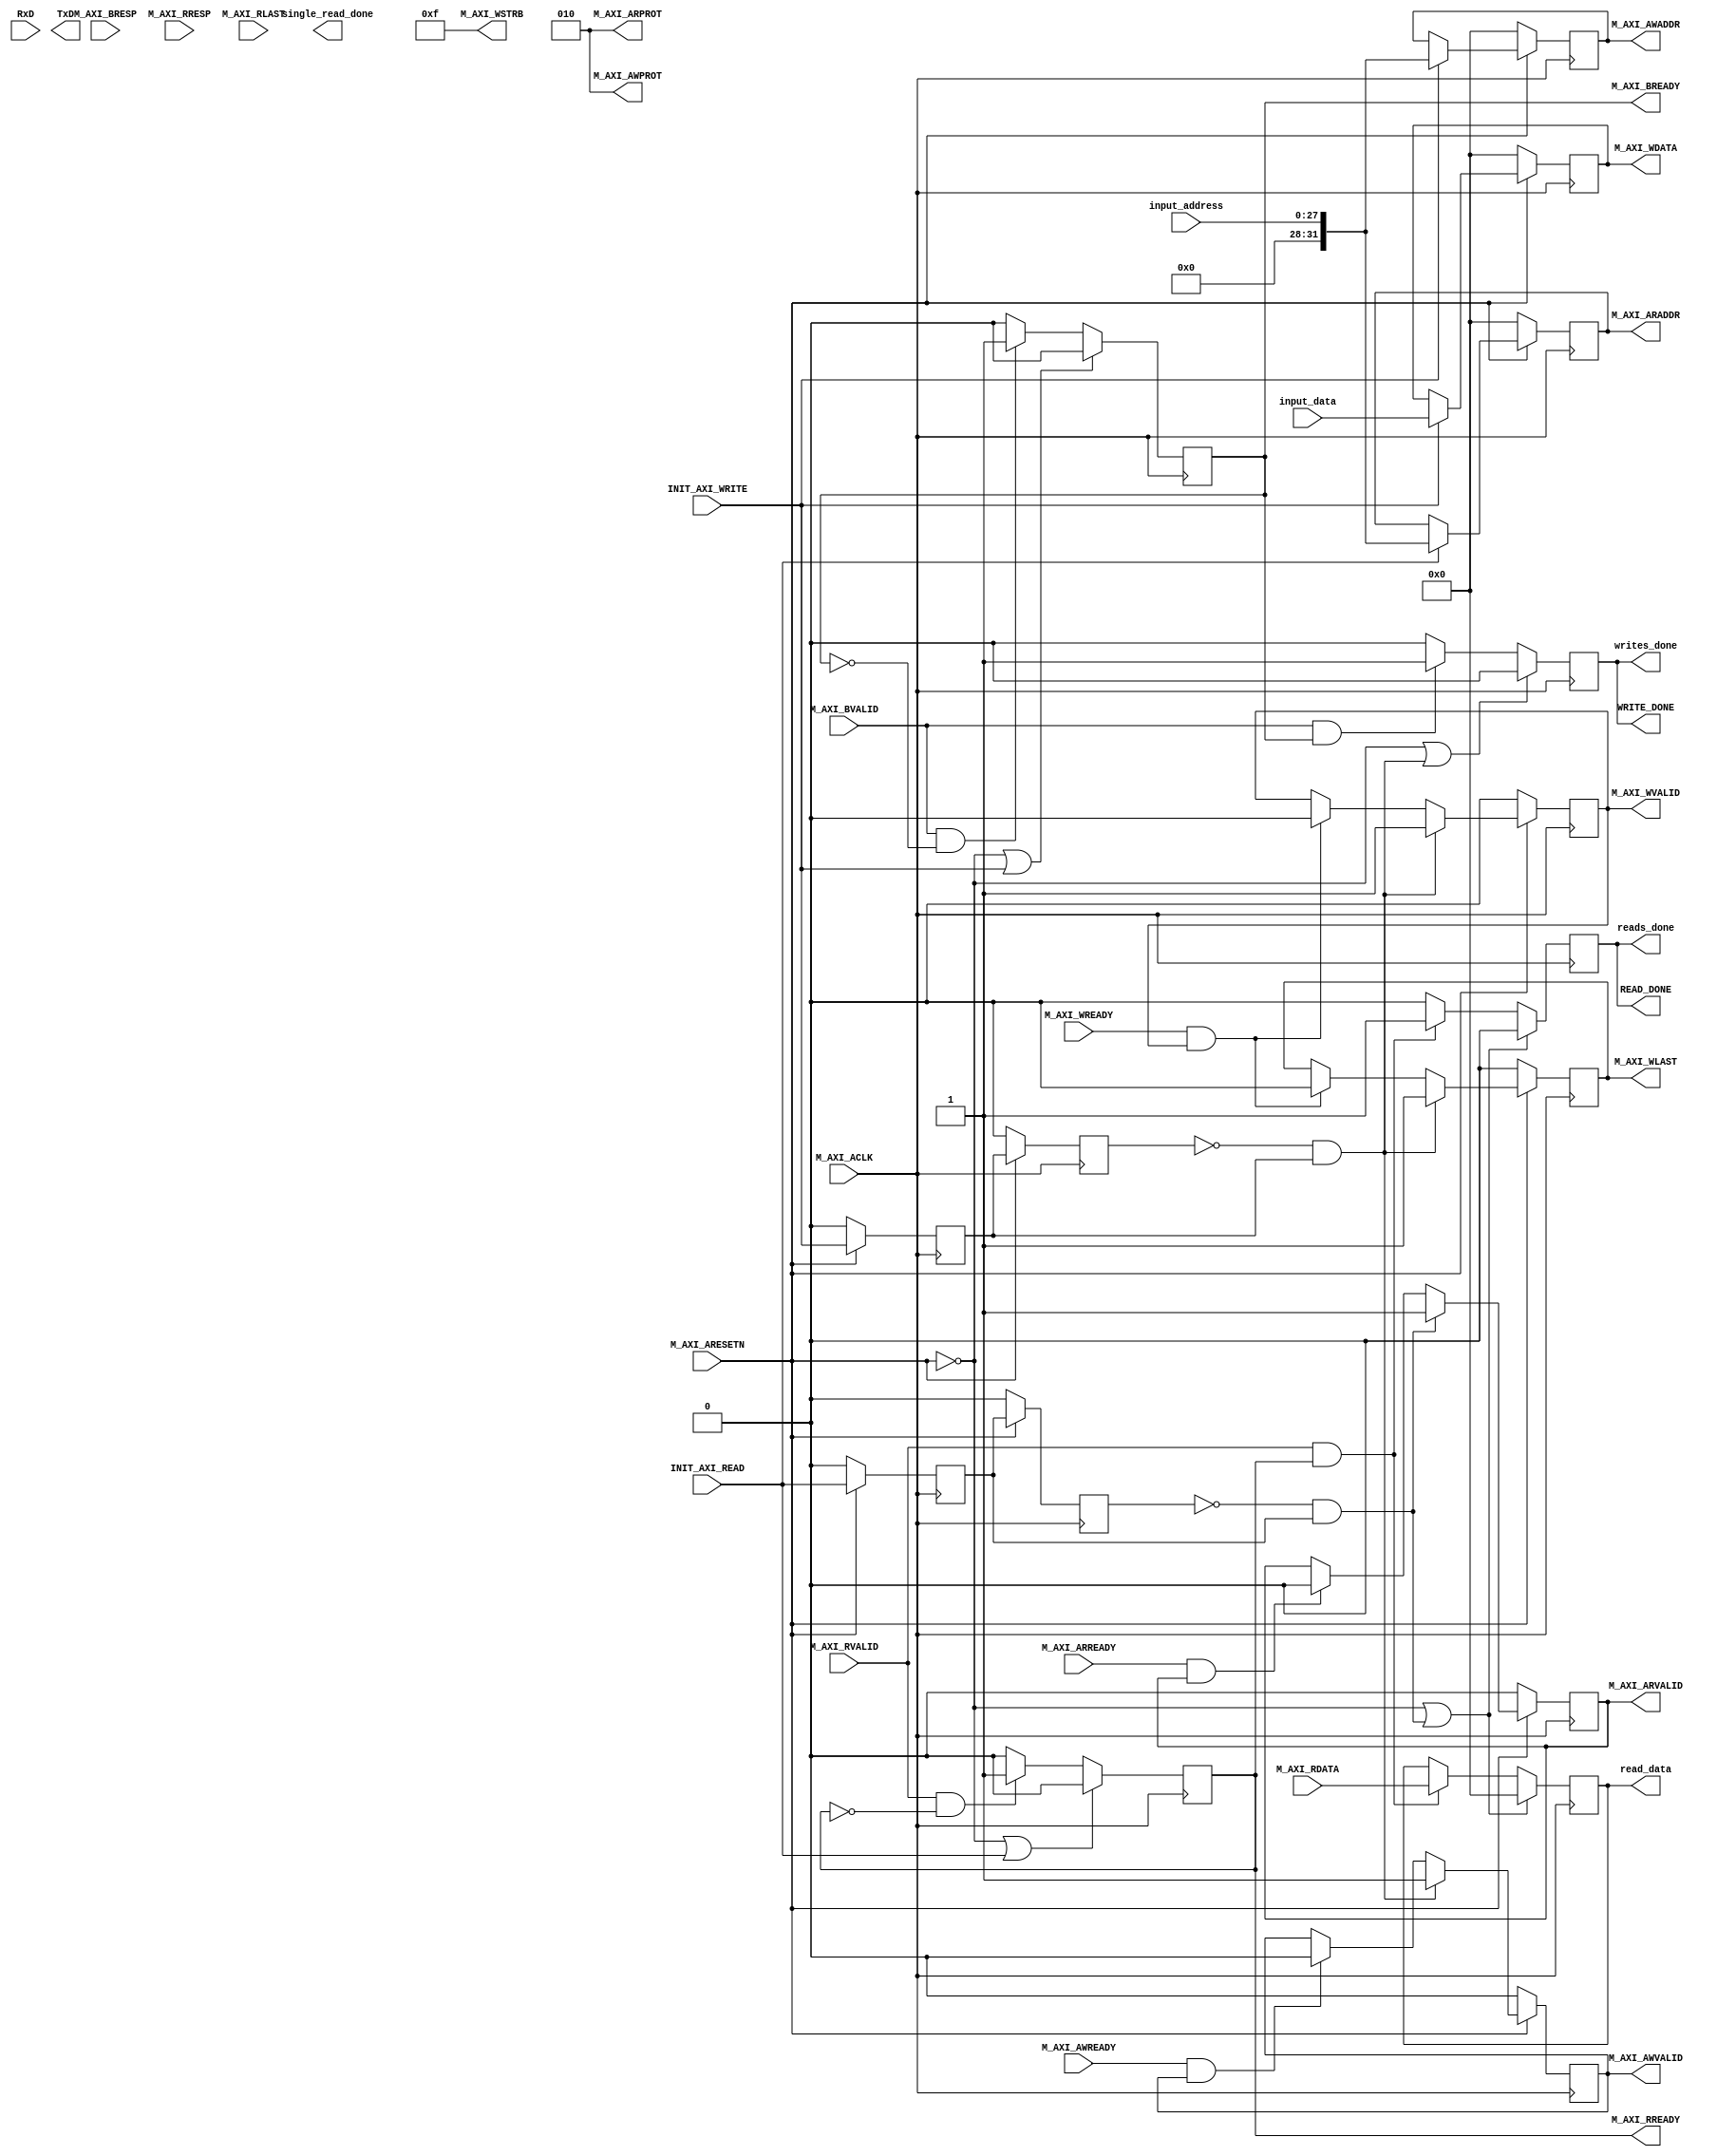

`timescale 1 ns / 1 ps

	module axi_m_interface #
	(
		// Users to add parameters here

		// User parameters ends
		// Do not modify the parameters beyond this line

		// The master will start generating data from the C_M_START_DATA_VALUE value
//		parameter  C_M_START_DATA_VALUE	= 32'h61626364,
		// The master requires a target slave base address.
    // The master will initiate read and write transactions on the slave with base address specified here as a parameter.
//		parameter  C_M_TARGET_SLAVE_BASE_ADDR	= 32'h00001000,
		// Width of M_AXI address bus. 
    // The master generates the read and write addresses of width specified as C_M_AXI_ADDR_WIDTH.  
		parameter integer C_M_AXI_ADDR_WIDTH	= 32,
		// Width of M_AXI data bus. 
    // The master issues write data and accept read data where the width of the data bus is C_M_AXI_DATA_WIDTH
		parameter integer C_M_AXI_DATA_WIDTH	= 32,
		// Transaction number is the number of write 
    // and read transactions the master will perform as a part of this example memory test.
		parameter integer C_M_TRANSACTIONS_NUM	= 1
	)
	(
		// Users to add ports here
        input wire RxD,
        output wire TxD,
        output reg writes_done,
        output reg reads_done,
        output reg single_read_done,
        input wire [27:0] input_address,
        input wire [31:0] input_data,
        output reg [31:0] read_data,
 
		// User ports ends
		// Do not modify the ports beyond this line

		// Initiate AXI transactions
		input wire  INIT_AXI_READ,
		input wire  INIT_AXI_WRITE,
		// Asserts when AXI transactions is complete
		output wire  WRITE_DONE,
		output wire  READ_DONE,
		// AXI clock signal
		input wire  M_AXI_ACLK,
		// AXI active low reset signal
		input wire  M_AXI_ARESETN,
		// Master Interface Write Address Channel ports. Write address (issued by master)
		output wire [C_M_AXI_ADDR_WIDTH-1 : 0] M_AXI_AWADDR,
		// Write channel Protection type.
    // This signal indicates the privilege and security level of the transaction,
    // and whether the transaction is a data access or an instruction access.
		output wire [2 : 0] M_AXI_AWPROT,
		// Write address valid. 
    // This signal indicates that the master signaling valid write address and control information.
		output wire  M_AXI_AWVALID,
		// Write address ready. 
    // This signal indicates that the slave is ready to accept an address and associated control signals.
		input wire  M_AXI_AWREADY,
		// Master Interface Write Data Channel ports. Write data (issued by master)
		output wire [C_M_AXI_DATA_WIDTH-1 : 0] M_AXI_WDATA,
		// Write strobes. 
    // This signal indicates which byte lanes hold valid data.
    // There is one write strobe bit for each eight bits of the write data bus.
		output wire [C_M_AXI_DATA_WIDTH/8-1 : 0] M_AXI_WSTRB,
		// Write valid. This signal indicates that valid write data and strobes are available.
		output wire  M_AXI_WVALID,
		// Write ready. This signal indicates that the slave can accept the write data.
		input wire  M_AXI_WREADY,
		// Master Interface Write Response Channel ports. 
    // This signal indicates the status of the write transaction.
		input wire [1 : 0] M_AXI_BRESP,
		// Write response valid. 
    // This signal indicates that the channel is signaling a valid write response
		input wire  M_AXI_BVALID,
		// Response ready. This signal indicates that the master can accept a write response.
		output wire  M_AXI_BREADY,
		// Master Interface Read Address Channel ports. Read address (issued by master)
		output wire [C_M_AXI_ADDR_WIDTH-1 : 0] M_AXI_ARADDR,
		// Protection type. 
    // This signal indicates the privilege and security level of the transaction, 
    // and whether the transaction is a data access or an instruction access.
		output wire [2 : 0] M_AXI_ARPROT,
		// Read address valid. 
    // This signal indicates that the channel is signaling valid read address and control information.
		output wire  M_AXI_ARVALID,
		// Read address ready. 
    // This signal indicates that the slave is ready to accept an address and associated control signals.
		input wire  M_AXI_ARREADY,
		// Master Interface Read Data Channel ports. Read data (issued by slave)
		input wire [C_M_AXI_DATA_WIDTH-1 : 0] M_AXI_RDATA,
		// Read response. This signal indicates the status of the read transfer.
		input wire [1 : 0] M_AXI_RRESP,
		// Read valid. This signal indicates that the channel is signaling the required read data.
		input wire  M_AXI_RVALID,
		// Read ready. This signal indicates that the master can accept the read data and response information.
		output wire  M_AXI_RREADY,
		output wire  M_AXI_WLAST,
		input wire  M_AXI_RLAST
	);

	// function called clogb2 that returns an integer which has the
	// value of the ceiling of the log base 2

	 function integer clogb2 (input integer bit_depth);
		 begin
		 for(clogb2=0; bit_depth>0; clogb2=clogb2+1)
			 bit_depth = bit_depth >> 1;
		 end
	 endfunction

	// TRANS_NUM_BITS is the width of the index counter for 
	// number of write or read transaction.
	 localparam integer TRANS_NUM_BITS = clogb2(C_M_TRANSACTIONS_NUM-1);

	// Example State machine to initialize counter, initialize write transactions, 
	// initialize read transactions and comparison of read data with the 
	// written data words.
	parameter [1:0] IDLE = 2'b00, // This state initiates AXI4Lite transaction 
			// after the state machine changes state to INIT_WRITE   
			// when there is 0 to 1 transition on INIT_AXI_TXN
		WRITE   = 2'b01, // This state initializes write transaction,
			// once writes are done, the state machine 
			// changes state to INIT_READ 
		READ = 2'b10; // This state initializes read transaction
			// once reads are done, the state machine 
			// changes state to INIT_COMPARE 
 
	reg [1:0] mst_exec_state;

	// AXI4LITE signals
	wire init_write_pulse;
    wire init_read_pulse;
	//write address valid
	reg  	axi_awvalid;
	//write data valid
	reg  	axi_wvalid;
	reg  	axi_wlast;
	//read address valid
	reg  	axi_arvalid;
	//read data acceptance
	reg  	axi_rready;
	//write response acceptance
	reg  	axi_bready;
	//write address
	reg [C_M_AXI_ADDR_WIDTH-1 : 0] 	axi_awaddr;
	//write data
	reg [C_M_AXI_DATA_WIDTH-1 : 0] 	axi_wdata;
	//read addresss
	reg [C_M_AXI_ADDR_WIDTH-1 : 0] 	axi_araddr;
	//Asserts when there is a write response error
	wire  	write_resp_error;
	//Asserts when there is a read response error
	wire  	read_resp_error;
	reg  	init_write_ff;
	reg     init_write_ff2;
	reg     init_read_ff;
    reg     init_read_ff2;
    
	reg  	init_txn_edge;
//	wire  	init_txn_pulse;
    
	// I/O Connections assignments

	//Adding the offset address to the base addr of the slave
	assign M_AXI_AWADDR	= axi_awaddr;
	//AXI 4 write data
	assign M_AXI_WDATA	= axi_wdata;
	assign M_AXI_AWPROT	= 3'b010; //changed
	assign M_AXI_AWVALID	= axi_awvalid;
	//Write Data(W)
	assign M_AXI_WVALID	= axi_wvalid;
	assign M_AXI_WLAST = axi_wlast;
	//Set all byte strobes in this example
	assign M_AXI_WSTRB	= 4'b1111;
	//Write Response (B)
	assign M_AXI_BREADY	= axi_bready;
	//Read Address (AR)
	assign M_AXI_ARADDR	= axi_araddr;
	assign M_AXI_ARVALID	= axi_arvalid;
	assign M_AXI_ARPROT	= 3'b010; // changed
	//Read and Read Response (R)
	assign M_AXI_RREADY	= axi_rready;
	//Example design I/O
	assign WRITE_DONE	= writes_done;
	assign READ_DONE	= reads_done;
	assign init_write_pulse	= (!init_write_ff2) && init_write_ff;
	assign init_read_pulse	= (!init_read_ff2) && init_read_ff;

	//Generate a pulse to initiate AXI transaction.
	always @(posedge M_AXI_ACLK)										      
	  begin                                                                        
	    // Initiates AXI transaction delay    
	    if (M_AXI_ARESETN == 0 )                                                   
	      begin                                                                    
	        init_write_ff <= 1'b0;                                                   
	        init_write_ff2 <= 1'b0;
	        
	        init_read_ff <= 1'b0;                                                   
            init_read_ff2 <= 1'b0;                                                     
	      end                                                                               
	    else                                                                       
	      begin  
	        init_write_ff <= INIT_AXI_WRITE;
	        init_write_ff2 <= init_write_ff;
	        
	        init_read_ff <= INIT_AXI_READ;
            init_read_ff2 <= init_read_ff;                                                                   
	      end                                                                      
	  end
	  


	//--------------------
	//Write Address Channel
	//--------------------

	// The purpose of the write address channel is to request the address and 
	// command information for the entire transaction.  It is a single beat
	// of information.

	// Note for this example the axi_awvalid/axi_wvalid are asserted at the same
	// time, and then each is deasserted independent from each other.
	// This is a lower-performance, but simplier control scheme.

	// AXI VALID signals must be held active until accepted by the partner.

	// A data transfer is accepted by the slave when a master has
	// VALID data and the slave acknoledges it is also READY. While the master
	// is allowed to generated multiple, back-to-back requests by not 
	// deasserting VALID, this design will add rest cycle for
	// simplicity.

	// Since only one outstanding transaction is issued by the user design,
	// there will not be a collision between a new request and an accepted
	// request on the same clock cycle. 

	  always @(posedge M_AXI_ACLK)										      
	  begin                                                                        
	    //Only VALID signals must be deasserted during reset per AXI spec          
	    //Consider inverting then registering active-low reset for higher fmax     
	    if (M_AXI_ARESETN == 0)                                                   
	      begin                                                                    
	        axi_awvalid <= 1'b0;                                                   
	      end                                                                      
	      //Signal a new address/data command is available by user logic           
	    else                                                                       
	      begin                                                                    
	        if (init_write_pulse)                                                
	          begin                                                                
	            axi_awvalid <= 1'b1;                                               
	          end                                                                  
	     //Address accepted by interconnect/slave (issue of M_AXI_AWREADY by slave)
	        else if (M_AXI_AWREADY && axi_awvalid)                                 
	          begin                                                                
	            axi_awvalid <= 1'b0;                                               
	          end                                                                  
	      end                                                                      
	  end                                                                          
	                                                                               
	                                                                              

	//--------------------
	//Write Data Channel
	//--------------------

	//The write data channel is for transfering the actual data.
	//The data generation is speific to the example design, and 
	//so only the WVALID/WREADY handshake is shown here

	   always @(posedge M_AXI_ACLK)                                        
	   begin                                                                         
	     if (M_AXI_ARESETN == 0)                                                    
	       begin                                                                     
	         axi_wvalid <= 1'b0;
	         axi_wlast <= 1'b0;                                                     
	       end                                                                       
	     //Signal a new address/data command is available by user logic              
	     else if (init_write_pulse)                                                
          begin                                                                     
            axi_wvalid <= 1'b1;
            axi_wlast <= 1'b1;                                                     
          end                                                                           
	     //Data accepted by interconnect/slave (issue of M_AXI_WREADY by slave)      
	     else if (M_AXI_WREADY && axi_wvalid)                                        
	       begin                                                                     
	        axi_wvalid <= 1'b0;
	        axi_wlast <= 1'b0;                                                        
	       end                                                                       
	   end                                                                           


	//----------------------------
	//Write Response (B) Channel
	//----------------------------

	//The write response channel provides feedback that the write has committed
	//to memory. BREADY will occur after both the data and the write address
	//has arrived and been accepted by the slave, and can guarantee that no
	//other accesses launched afterwards will be able to be reordered before it.

	//The BRESP bit [1] is used indicate any errors from the interconnect or
	//slave for the entire write burst. This example will capture the error.

	//While not necessary per spec, it is advisable to reset READY signals in
	//case of differing reset latencies between master/slave.

	  always @(posedge M_AXI_ACLK)                                    
	  begin                                                                
	    if (M_AXI_ARESETN == 0 || INIT_AXI_WRITE  == 1'b1)                                           
	      begin                                                            
	        axi_bready <= 1'b0;                                            
	      end                                                              
	    // accept/acknowledge bresp with axi_bready by the master          
	    // when M_AXI_BVALID is asserted by slave                          
	    else if (M_AXI_BVALID && ~axi_bready)                              
	      begin                                                            
	        axi_bready <= 1'b1;                                            
	      end                                                              
	    // deassert after one clock cycle                                  
	    else if (axi_bready)                                               
	      begin                                                            
	        axi_bready <= 1'b0;                                            
	      end                                                              
	    // retain the previous value                                       
	    else                                                               
	      axi_bready <= axi_bready;                                        
	  end                                                                  
	                                                                       
	//Flag write errors                                                    
	assign write_resp_error = (axi_bready & M_AXI_BVALID & M_AXI_BRESP[1]);


	//----------------------------
	//Read Address Channel
	//----------------------------

	//start_single_read triggers a new read transaction. read_index is a counter to
	//keep track with number of read transaction issued/initiated                                                                      
	                                                                                   
	  // A new axi_arvalid is asserted when there is a valid read address              
	  // available by the master. start_single_read triggers a new read                
	  // transaction                                                                   
	  always @(posedge M_AXI_ACLK)                                                     
	  begin                                                                            
	    if (M_AXI_ARESETN == 0)                                                       
	      begin                                                                        
	        axi_arvalid <= 1'b0;                                                       
	      end                                                                          
	    //Signal a new read address command is available by user logic                 
	    else if (init_read_pulse)                                                    
	      begin                                                                        
	        axi_arvalid <= 1'b1;                                                       
	      end                                                                          
	    //RAddress accepted by interconnect/slave (issue of M_AXI_ARREADY by slave)    
	    else if (M_AXI_ARREADY && axi_arvalid)                                         
	      begin                                                                        
	        axi_arvalid <= 1'b0;                                                       
	      end                                                                          
	    // retain the previous value                                                   
	  end                                                                              


	//--------------------------------
	//Read Data (and Response) Channel
	//--------------------------------

	//The Read Data channel returns the results of the read request 
	//The master will accept the read data by asserting axi_rready
	//when there is a valid read data available.
	//While not necessary per spec, it is advisable to reset READY signals in
	//case of differing reset latencies between master/slave.

	  always @(posedge M_AXI_ACLK)                                    
	  begin                                                                 
	    if (M_AXI_ARESETN == 0 || INIT_AXI_READ == 1'b1)                                            
	      begin                                                             
	        axi_rready <= 1'b0;                                             
	      end                                                               
	    // accept/acknowledge rdata/rresp with axi_rready by the master     
	    // when M_AXI_RVALID is asserted by slave                           
	    else if (M_AXI_RVALID && ~axi_rready)                               
	      begin                                                             
	        axi_rready <= 1'b1;                                             
	      end                                                               
	    // deassert after one clock cycle                                   
	    else if (axi_rready)                                                
	      begin                                                             
	        axi_rready <= 1'b0;                                             
	      end                                                               
	    // retain the previous value                                        
	  end                                                                   
	                                                                        
	//Flag write errors                                                     
	assign read_resp_error = (axi_rready & M_AXI_RVALID & M_AXI_RRESP[1]);  


	//--------------------------------
	//User Logic
	//--------------------------------

	//Address/Data Stimulus

	//Address/data pairs for this example. The read and write values should
	//match.
	//Modify these as desired for different address patterns.                                                
	                                                                
   	                                       
	    //Write Addresses & Data                   
        always @(posedge M_AXI_ACLK) begin                                                     
            if (M_AXI_ARESETN == 0) begin 
                axi_wdata <= 0;                                              
                axi_awaddr <= 0;              
            end 
            else if (INIT_AXI_WRITE) begin
                axi_wdata <= input_data;
                axi_awaddr <= input_address;
            end
            else begin
                axi_wdata <= axi_wdata;
                axi_awaddr <= axi_awaddr;
            end                                     
        end                                       
	                                                                                                                       
	      // Read Address
          always @(posedge M_AXI_ACLK) begin                                                     
              if (M_AXI_ARESETN == 0) begin                                                
                  axi_araddr <= 0;        
              end 
              else if (INIT_AXI_READ) begin
                  axi_araddr <= input_address;
              end   
              else begin
                  axi_araddr <= axi_araddr;
              end                                    
          end
	   
	   // Read Data
	   always @(posedge M_AXI_ACLK) begin
            if (M_AXI_ARESETN == 0 || init_read_pulse == 1'b1) begin                                                         
                read_data <= 0;
            end
            else if (M_AXI_RVALID && axi_rready) begin
                read_data <= M_AXI_RDATA;
            end
            else begin
              read_data <= read_data;
            end
        end
	                                                                
	                   
	  //implement master command interface state machine                         
	  always @ ( posedge M_AXI_ACLK)                                                    
	  begin                                                                             
	    if (M_AXI_ARESETN == 1'b0)                                                     
	      begin                                                                         
	      // reset condition                                                            
	      // All the signals are assigned default values under reset condition          
	        mst_exec_state  <= IDLE;                                            
	      end                                                                           
	    else                                                                            
	      begin                                                                         
	       // state transition                                                          
	        case (mst_exec_state)                                                       
	                                                                                    
	          IDLE: begin                                  
	          // This state is responsible to initiate 
	          // AXI transaction when init_txn_pulse is asserted 
	            if ( init_write_pulse == 1'b1 )                                     
	              begin                                                                 
	                mst_exec_state  <= WRITE;                                      
	              end                                                                   
	            else if ( init_read_pulse == 1'b1 )                                     
                  begin                                                                 
                    mst_exec_state  <= READ;                                      
                  end                                                                   
                else                                                                    
	              begin                                                                 
	                mst_exec_state  <= IDLE;                                    
	              end                                                                   
	          end                                                                          
	          WRITE: begin                                                            
	            // This state is responsible to issue start_single_write pulse to       
	            // initiate a write transaction. Write transactions will be             
	            // issued until last_write signal is asserted.                          
	            // write controller                                                     
	            if (writes_done)                                                        
	              begin                                                                 
	                mst_exec_state <= IDLE;//                                      
	              end                                                                   
	            else                                                                    
	              begin                                                                 
	                mst_exec_state  <= WRITE;                                                    
	              end                                                                   
	          end
	                                                                                    
	          READ: begin                                           
	            // This state is responsible to issue start_single_read pulse to        
	            // initiate a read transaction. Read transactions will be               
	            // issued until last_read signal is asserted.                           
	             // read controller                                                     
	             if (reads_done)                                                        
	               begin                                                                
	                 mst_exec_state <= IDLE;                                    
	               end                                                                  
	             else                                                                   
	               begin                                                                   
	                 mst_exec_state  <= READ;                                                                                         
	               end                                                                  
	           end                                                                                                                                    
	           default :                                                                
	             begin                                                                  
	               mst_exec_state  <= IDLE;                                     
	             end                                                                    
	        endcase                                                                     
	    end                                                                             
	  end //MASTER_EXECUTION_PROC                                                                                                                    
	                                                                                                                               
	                                                                                    
	  //This logic is to qualify the last write count with the final write              
	  //response. This demonstrates how to confirm that a write has been                
	  //committed.                                                                      
	                                                                                    
	  always @(posedge M_AXI_ACLK)                                                      
	  begin                                                                             
	    if (M_AXI_ARESETN == 0 || init_write_pulse == 1'b1)                                                         
	      writes_done <= 1'b0;                                         
	      //The writes_done should be associated with a bready response                 
	    else if (M_AXI_BVALID && axi_bready)                              
	      writes_done <= 1'b1;                                                          
	    else                                                                            
	      writes_done <= 1'b0;                                                   
	  end                                                                               
                                                                                                                            
                                                                                                                                                                                                     
	  always @(posedge M_AXI_ACLK)                                                      
	  begin                                                                             
	    if (M_AXI_ARESETN == 0 || init_read_pulse == 1'b1) begin                                                  
	       reads_done <= 1'b0;                                                    
	    end                         
	    //The reads_done should be associated with a read ready response                
	    else if (M_AXI_RVALID && axi_rready)                         
	      reads_done <= 1'b1;                                           
	    else                                                                    
	      reads_done <= 1'b0;                                       
	  end                                                                             


	endmodule